Civil Veterinary Dept. Bombay admin report 1900-1906 - 1900-1906
Year: 1900
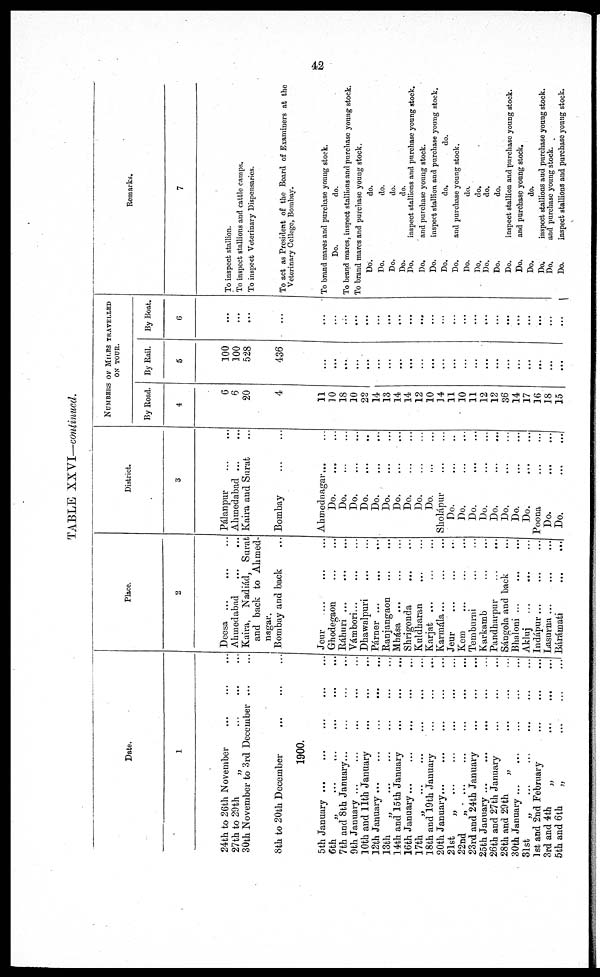
42
TABLE XXVI—continued.
Date.
1
24th to 26th November
...
...
...
27th to 29th
„
...
...
...
30th November to 3rd December ... ...
8th to 20th December ... ... ...
1900.
5th January ... ... ... ... ...
6th
„
...
...
...
...
7th and 8th January... ... ...
9th January ...
...
...
...
...
10th and 11th January ... ... ...
12th January ...
...
...
...
...
13th
„
...
...
...
...
14th and 15th January ... ... ...
16th January ... ... ... ... ...
17th
„
...
...
...
...
...
18th and 19th January
... ... ...
20th January... ... ... ... ...
21st
„
...
...
...
...
...
22nd
„
...
...
...
...
...
23rd and 24th January ... ... ...
25th January ... ... ... ... ...
26th and 27th January ... ... ...
28th and 29th
„
...
...
...
30th January ... ... ... ... ...
31st
„
...
...
...
...
...
1st and 2nd February
...
...
...
3rd and 4th „ ... ... ...
5th and 6th „ ... ... ...
Place.
2
Deesa ... ... ...
Ahmedabad ... ...
Kaira, Nadiád, Surat
and back to Ahmed-
nagar.
Bombay and back ...
Jeur ... ... ...
Ghodegaon ... ...
Ráhuri ... ... ...
Vámbori... ... ...
Dhawalpuri ... ...
Párner ... ... ...
Ranjangaon ... ...
Mhása
...
...
...
Shrigonda
...
...
Kuldharan ... ...
Karjat ... ... ...
Karmála... ... ...
Jeur ... ... ...
Kem ... ... ...
Temburni ... ...
Karkamb ... ...
Pandharpur
...
...
Sángola and back ...
Bhaloni ... ... ...
Akluj
...
...
...
Indápur ... ... ...
Lasurna ... ... ...
Bárámati
...
...
District.
3
Pálanpur ... ...
Ahmedabad ... ...
Kaira and Surat ...
Bombay ... ...
Ahmednagar... ...
Do.
...
...
Do. ... ...
Do.
...
...
Do. ... ...
Do.
...
...
Do.
...
...
Do.
...
...
Do.
...
...
Do.
...
...
Do. ... ...
Sholápur ... ...
Do.
...
...
Do.
...
...
Do.
...
...
Do.
...
...
Do.
...
...
Do.
...
...
Do.
...
...
Do.
...
...
Poona
...
...
Do. ... ...
Do.
...
...
NUMBERS OF MULES TRAVELLED
ON TOUR.
By Road.
4
6
6
20
4
11
10
18
10
22
14
13
14
14
12
10
]4
11
10
11
12
12
36
14
17
16
18
15
By Rail.
5
100
100
528
436
...
...
...
...
...
...
...
...
...
...
...
...
...
...
...
...
...
...
...
...
...
...
...
By Boat.
6
...
...
...
...
...
...
...
...
...
...
...
...
...
...
...
...
...
...
...
...
...
...
...
...
...
...
...
Remarks.
7
To inspect stallion.
To inspect stallions and cattle camps.
To inspect Veterinary Dispensaries.
To act as President of the Board of Examiners at the
Veterinary College, Bombay.
To brand mares and purchase young stock.
Do.
do.
To brand marcs, inspect stallions and purchase young stock.
To brand mares and purchase young stock.
Do.
do.
Do.
do.
Do. do.
Do.
do.
Do.
inspect stallions and purchase young stock.
Do.
and purchase young stock.
Do.
inspect stallion and purchase young stock.
Do.
do.
do.
Do.
and purchase young stock.
Do.
do
Do.
do.
Do.
do.
Do.
do.
Do.
inspect stallion and purchase young stock.
Do.
and purchase young stock.
Do.
do.
Do.
inspect stallions and purchase young stock.
Do.
and purchase young stock.
Do.
inspect stallions and purchase young stock.